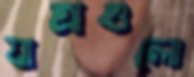
যাত্রাগুলো